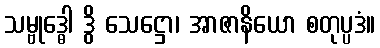
သမ္ဗုဒ္ဓေါ ဒွိ သေဋ္ဌော၊ အာဇာနိယော စတုပ္ပဒံ။